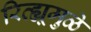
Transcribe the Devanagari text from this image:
रिव्ह्यूमुळे